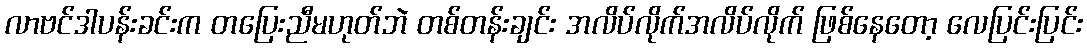
လာဗင်ဒါပန်းခင်းက တပြေးညီမဟုတ်ဘဲ တစ်တန်းချင်း အလိပ်လိုက်အလိပ်လိုက် ဖြစ်နေတော့ လေပြင်းပြင်း